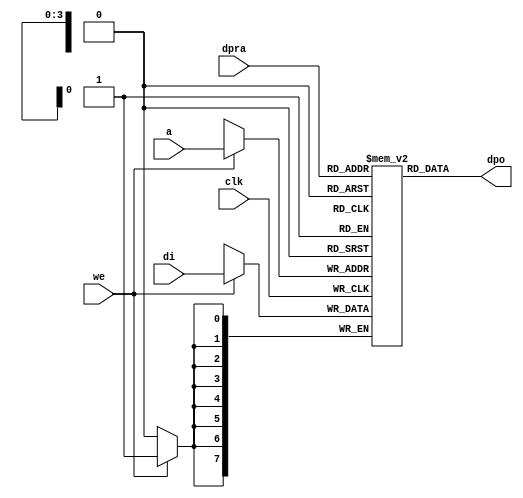
//******************************************************************************
// Copyright (c) 2014 - 2018, Indian Institute of Science, Bangalore.
// All Rights Reserved. See LICENSE for license details.
//------------------------------------------------------------------------------

// Contributors
// Akshay Birari (akshay@alum.iisc.ac.in), Piyush Birla (piyush@alum.iisc.ac.in)
// Suseela Budi (suseela@alum.iisc.ac.in), Pradeep Gupta (gupta@alum.iisc.ac.in)
// Kavya Sharat (kavyasharat@alum.iisc.ac.in), Sumeet Bandishte (sumeet.bandishte30@gmail.com)
// Kuruvilla Varghese (kuru@iisc.ac.in)
`timescale 1ns / 1ps
//////////////////////////////////////////////////////////////////////
////                                                              ////
////  raminfr.v                                                   ////
////                                                              ////
////                                                              ////
////  This file is part of the "UART 16550 compatible" project    ////
////  http://www.opencores.org/cores/uart16550/                   ////
////                                                              ////
////  Documentation related to this project:                      ////
////  - http://www.opencores.org/cores/uart16550/                 ////
////                                                              ////
////  Projects compatibility:                                     ////
////  - WISHBONE                                                  ////
////  RS232 Protocol                                              ////
////  16550D uart (mostly supported)                              ////
////                                                              ////
////  Overview (main Features):                                   ////
////  Inferrable Distributed RAM for FIFOs                        ////
////                                                              ////
////  Known problems (limits):                                    ////
////  None                .                                       ////
////                                                              ////
////  To Do:                                                      ////
////  Nothing so far.                                             ////
////                                                              ////
////  Author(s):                                                  ////
////      - gorban@opencores.org                                  ////
////      - Jacob Gorban                                          ////
////                                                              ////
////  Last Updated:   2002/07/22                                  ////
////                  (See log for the revision history)          ////
////                                                              ////
////                                                              ////
//////////////////////////////////////////////////////////////////////
////                                                              ////
//// Copyright (C) 2000, 2001 Authors                             ////
////                                                              ////
//// This source file may be used and distributed without         ////
//// restriction provided that this copyright statement is not    ////
//// removed from the file and that any derivative work contains  ////
//// the original copyright notice and the associated disclaimer. ////
////                                                              ////
//// This source file is free software; you can redistribute it   ////
//// and/or modify it under the terms of the GNU Lesser General   ////
//// Public License as published by the Free Software Foundation; ////
//// either version 2.1 of the License, or (at your option) any   ////
//// later version.                                               ////
////                                                              ////
//// This source is distributed in the hope that it will be       ////
//// useful, but WITHOUT ANY WARRANTY; without even the implied   ////
//// warranty of MERCHANTABILITY or FITNESS FOR A PARTICULAR      ////
//// PURPOSE.  See the GNU Lesser General Public License for more ////
//// details.                                                     ////
////                                                              ////
//// You should have received a copy of the GNU Lesser General    ////
//// Public License along with this source; if not, download it   ////
//// from http://www.opencores.org/lgpl.shtml                     ////
////                                                              ////
//////////////////////////////////////////////////////////////////////
//
// CVS Revision History
//
// $Log: not supported by cvs2svn $
// Revision 1.1  2002/07/22 23:02:23  gorban
// Bug Fixes:
//  * Possible loss of sync and bad reception of stop bit on slow baud rates fixed.
//   Problem reported by Kenny.Tung.
//  * Bad (or lack of ) loopback handling fixed. Reported by Cherry Withers.
//
// Improvements:
//  * Made FIFO's as general inferrable memory where possible.
//  So on FPGA they should be inferred as RAM (Distributed RAM on Xilinx).
//  This saves about 1/3 of the Slice count and reduces P&R and synthesis times.
//
//  * Added optional baudrate output (baud_o).
//  This is identical to BAUDOUT* signal on 16550 chip.
//  It outputs 16xbit_clock_rate - the divided clock.
//  It's disabled by default. Define UART_HAS_BAUDRATE_OUTPUT to use.
//

//Following is the Verilog code for a dual-port RAM with asynchronous read. 
module raminfr   
        (clk, we, a, dpra, di, dpo); 

parameter addr_width = 4;
parameter data_width = 8;
parameter depth = 16;

input clk;   
input we;   
input  [addr_width-1:0] a;   
input  [addr_width-1:0] dpra;   
input  [data_width-1:0] di;   
//output [data_width-1:0] spo;   
output [data_width-1:0] dpo;   
reg    [data_width-1:0] ram [depth-1:0]; 

wire [data_width-1:0] dpo;
wire  [data_width-1:0] di;   
wire  [addr_width-1:0] a;   
wire  [addr_width-1:0] dpra;   
 
  always @(posedge clk) begin   
    if (we)   
      ram[a] <= di;   
  end   
//  assign spo = ram[a];   
  assign dpo = ram[dpra];   
endmodule